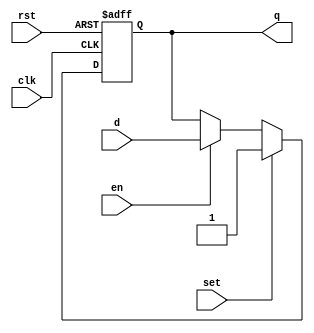
module dff_set_en_rst(
   d,
   q,
   en,
   clk,
   set,
   rst );


   output q;
   input d;
   input en;
   input clk;
   input set;
   input rst;

   wire d_int;
   reg state;

   assign d_int = en ? d : state;

   assign q = state;

   always @(posedge clk or posedge rst)
   begin
      if(rst)
      state <= 0;
      else
      state <= set? 1 : d_int;
   end

`ifdef dump_flops
   always @(posedge gpu_tb.rst)
   begin
      if ($test$plusargs("dump_flops"))
      begin
         $display("%m.state");
      end
   end
`endif
endmodule